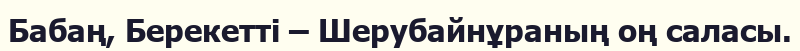
Бабаң, Берекетті – Шерубайнұраның оң саласы.